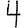
Digit: 4